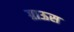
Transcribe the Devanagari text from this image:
ग्राऊस